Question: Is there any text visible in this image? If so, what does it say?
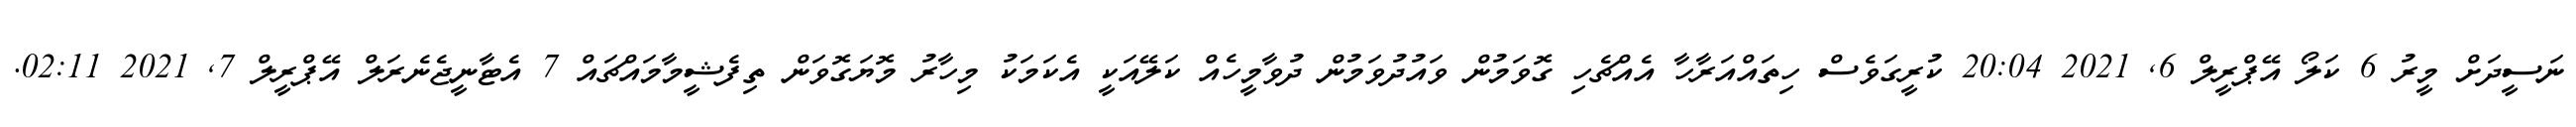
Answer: ނަސީދަށް މީރު 6 ކަލޯ އޭޕްރީލް 6, 2021 20:04 ކުރީގަވެސް ހިތައްއަރާހާ އެއްޗެހި ގޮވަމުން ވައުދުވަމުން ދުވާމީހެއް ކަލޭއަކީ އެކަމަކު މިހާރު މޮޔަގޮވަން ތިފެޝީމާމައްޗައް 7 އެޓާނީޖެނެރަލް އޭޕްރީލް 7, 2021 02:11.